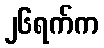
၂၆ရက်က